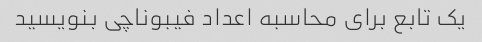
یک تابع برای محاسبه اعداد فیبوناچی بنویسید